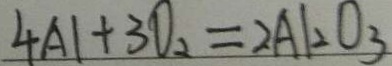
4 A 1 + 3 O _ { 2 } = 2 A l _ { 2 } O _ { 3 }